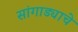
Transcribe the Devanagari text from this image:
सांगाड्याचे